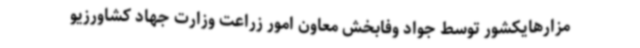
مزارهایکشور توسط جواد وفابخش معاون امور زراعت وزارت جهاد کشاورزیو